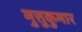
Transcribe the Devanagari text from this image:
मुत्तुकुमार